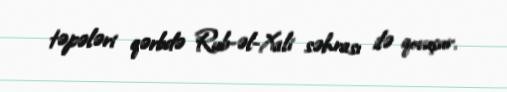
təpələri qərbdə Rub-əl-Xali səhrası ilə qovuşur.